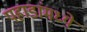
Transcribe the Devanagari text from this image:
पहाडांमध्ये